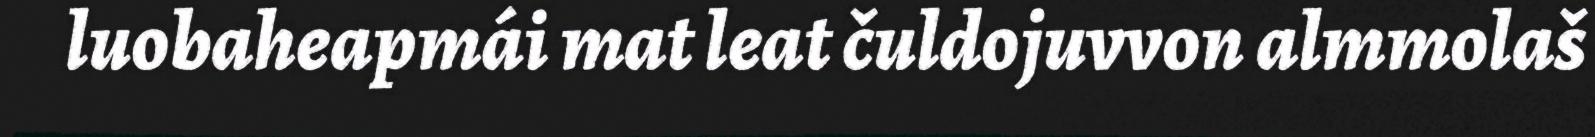
luobaheapmái mat leat čuldojuvvon almmolaš